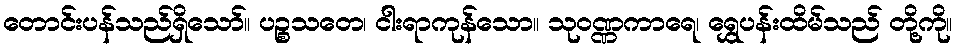
တောင်းပန်သည်ရှိသော်။ ပဉ္စသတေ၊ ငါးရာကုန်သော။ သုဝဏ္ဏကာရေ၊ ရွှေပန်းထိမ်သည် တို့ကို။